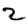
Digit: 2